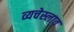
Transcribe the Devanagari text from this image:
व्यचेस्लाव